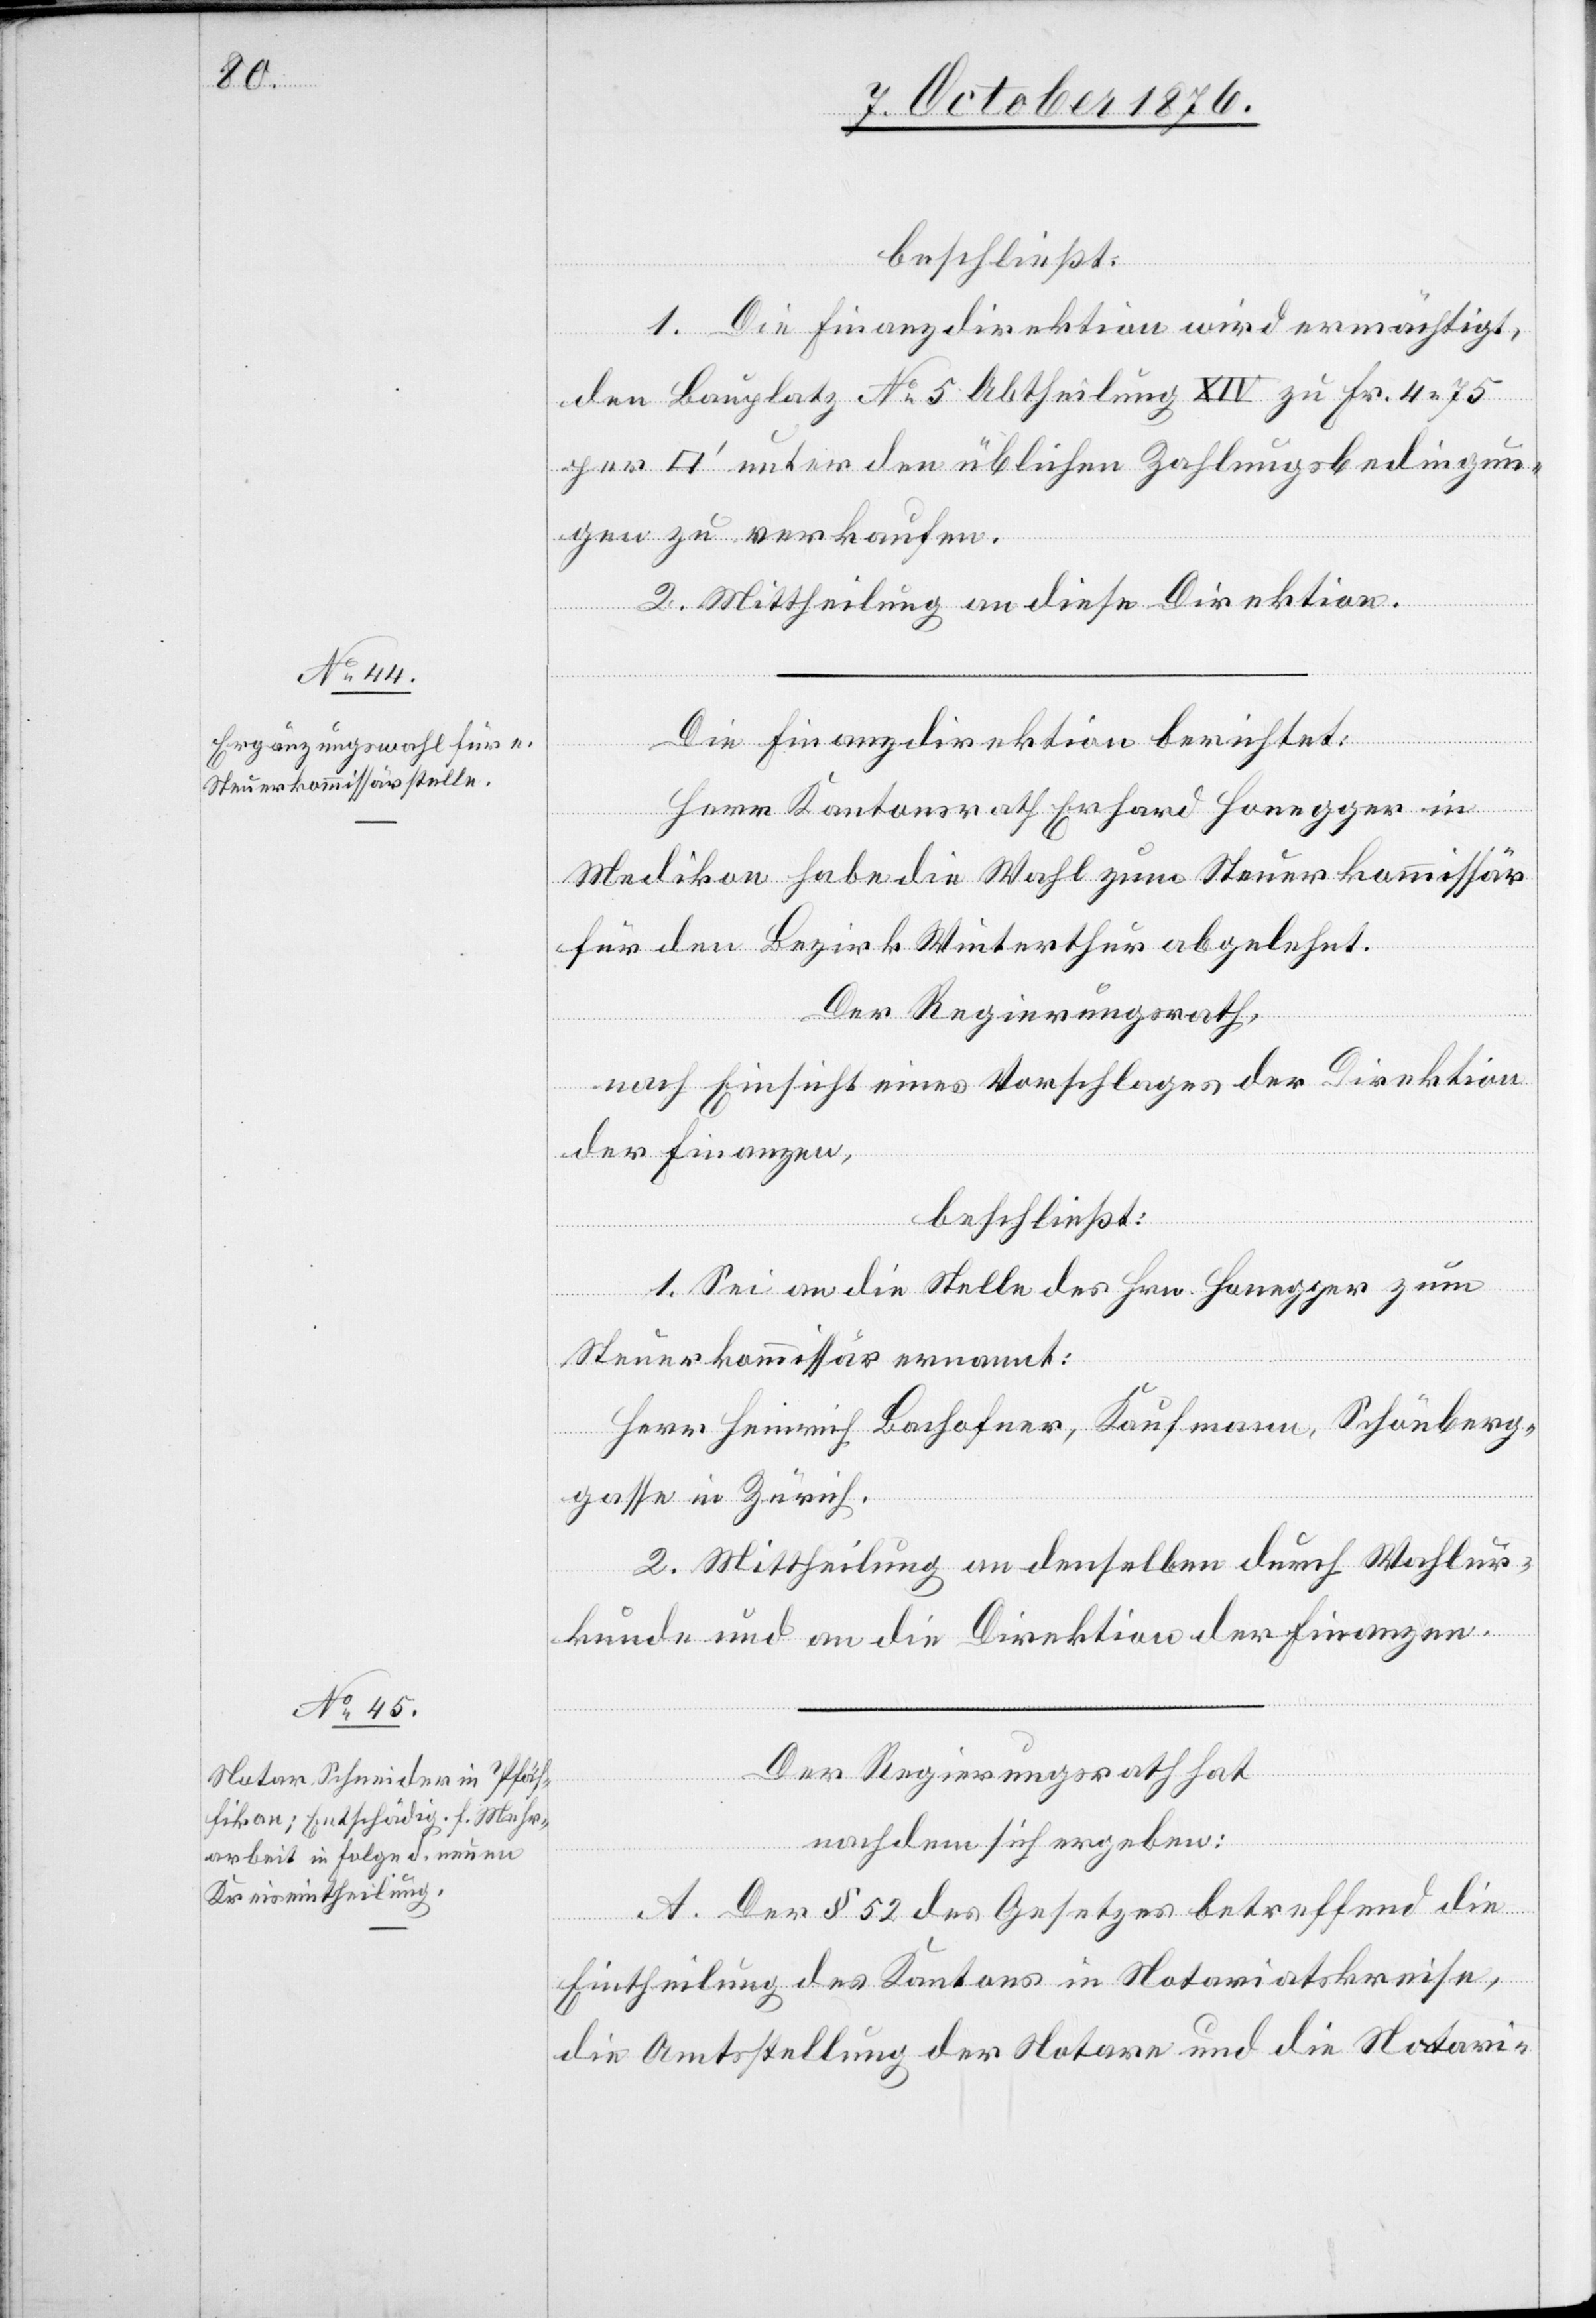
beschließt:
1. Die Finanzdirektion wird ermächtigt,
den Bauplatz No 5 Abtheilung XIV zu Fr. 4 75
[Quadratfuß] unter den üblichen Zahlungsbedingun¬
gen zu verkaufen.
2. Mittheilung an diese Direktion.
Die Finanzdirektion berichtet:
Herr Kantonsrath Erhard Honegger in
Medikon habe die Wahl zum Steuerkommissär
für den Bezirk Winterthur abgelehnt.
Der Regierungsrath,
nach Einsicht eines Vorschlages der Direktion
der Finanzen,
beschließt:
1. Sei an die Stelle des Hrn. Honegger zum
Steuerkommissär ernannt:
Herr Heinrich Bachofner, Kaufmann, Schönberg¬
gasse in Zürich.
2. Mittheilung an denselben durch Wahlur¬
kunde und an die Direktion der Finanzen.
Der Regierungsrath hat
nachdem sich ergeben:
A. Der § 52 des Gesetzes betreffend die
Eintheilung des Kantons in Notariatskreise,
die Amtsstellung der Notare und die Notari-